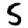
Digit: 5